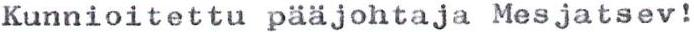
Kunnioitettu pääjohtaja Mesjatsev!